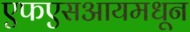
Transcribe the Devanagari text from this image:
एफएसआयमधून